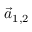
\vec { a } _ { 1 , 2 }